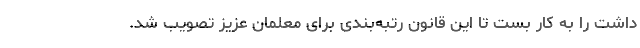
داشت را به کار بست تا این قانون رتبه‌بندی برای معلمان عزیز تصویب شد.